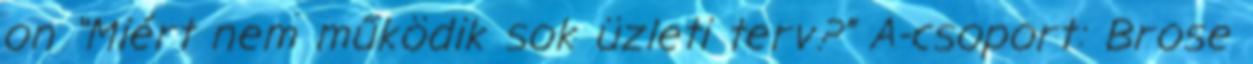
on “Miért nem működik sok üzleti terv?” A-csoport: Brose